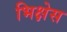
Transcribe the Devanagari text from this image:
भिक्षेस